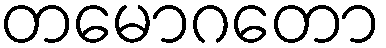
တမောဂတော